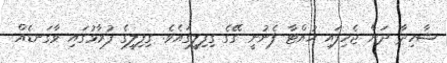
ޝާހިދާ ދަން ޖެހިފައި ހުއްޓާ ފެނުނީ ގޭގެ ގިފިލީގައެވެ. ގިފިލީގެ ފުރާޅުގައި ވާގަނޑެއް